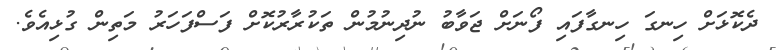
ދެކޮޅަށް ހިނގަ ހިނގާފައި ފޯނަށް ޖަވާބު ނުދިނުމުން ތަކުރާރުކޮށް ފަސްފަހަރު މަތިން ގުޅިއެވެ.